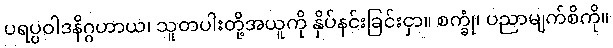
ပရပ္ပဝါဒနိဂ္ဂဟာယ၊ သူတပါးတို့အယူကို နှိပ်နင်းခြင်းငှာ။ စက္ခုံ၊ ပညာမျက်စိကို။